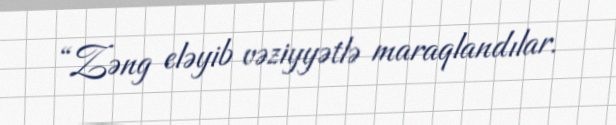
“Zəng eləyib vəziyyətlə maraqlandılar.